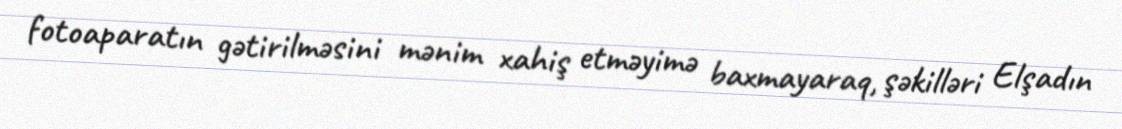
fotoaparatın gətirilməsini mənim xahiş etməyimə baxmayaraq, şəkilləri Elşadın